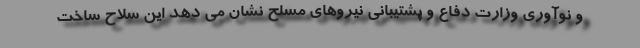
و نوآوری وزارت دفاع و پشتیبانی نیروهای مسلح نشان می دهد این سلاح ساخت